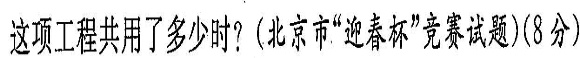
这项工程共用了多少时？(北京市“迎春杯”竞赛试题)(8分)